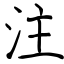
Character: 注